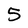
Character: 5